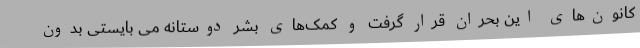
کانون‌های این بحران قرار گرفت و کمک‌های بشر دوستانه می بایستی بدون